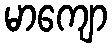
မာကျော